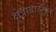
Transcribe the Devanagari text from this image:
क्षेत्राबाहेरील